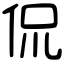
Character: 侃